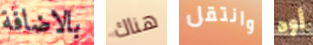
بالاضافة هناك وانتقل أوه